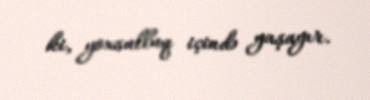
ki, yoxsulluq içində yaşayır.